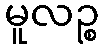
မူလဉ္စ